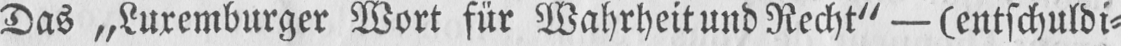
Das „Luxemburger Wort für Wahrheit und Recht” - (entschuldi⸗